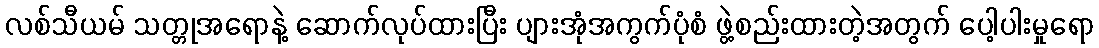
လစ်သီယမ် သတ္တုအရောနဲ့ ဆောက်လုပ်ထားပြီး ပျားအုံအကွက်ပုံစံ ဖွဲ့စည်းထားတဲ့အတွက် ပေါ့ပါးမှုရော